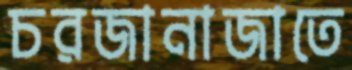
চরজানাজাতে